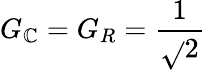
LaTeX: G_{\mathbb{C}}=G_{R}={\frac{{1}}{{\sqrt{}{{2}}}}}